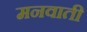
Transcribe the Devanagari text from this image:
मनवाती